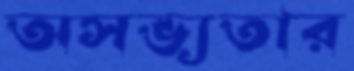
অসভ্যতার